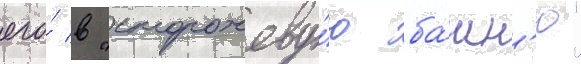
его́ в "сторожеву́ю ба́шн'ю"